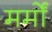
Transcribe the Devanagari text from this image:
मर्मों